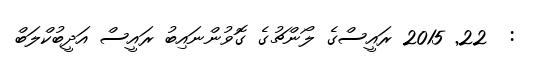
:  22